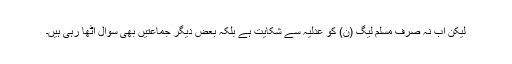
لیکن اب نہ صرف مسلم لیگ (ن) کو عدلیہ سے شکایت ہے بلکہ بعض دیگر جماعتیں بھی سوال اٹھا رہی ہیں۔